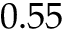
0 . 5 5